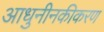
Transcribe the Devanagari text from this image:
आधुनीनकीकरण